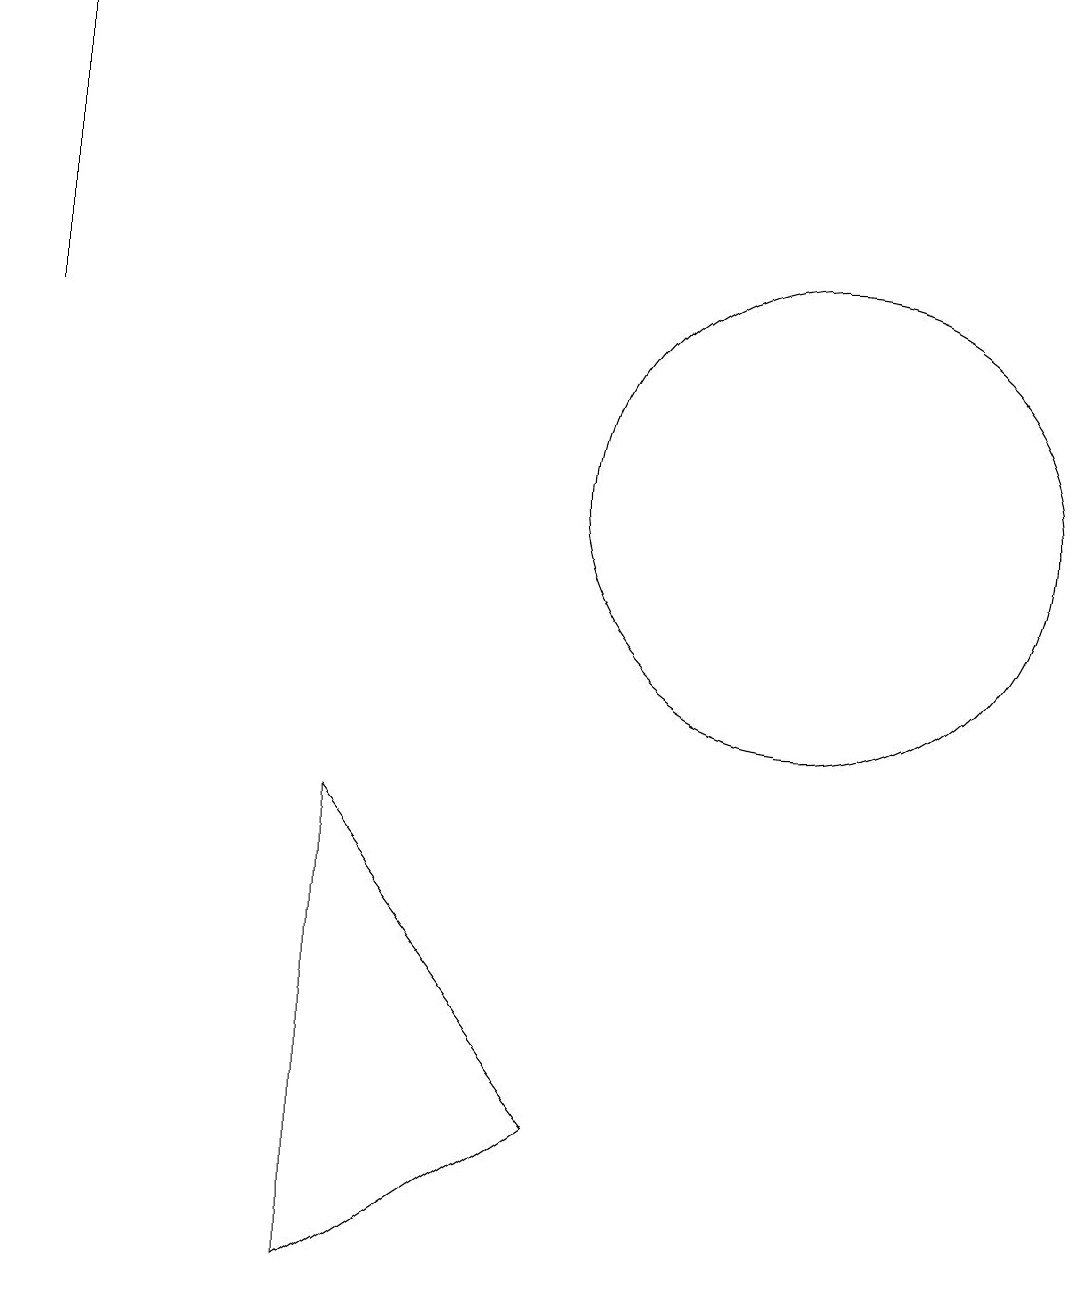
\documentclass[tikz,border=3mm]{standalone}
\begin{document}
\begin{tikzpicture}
\draw (4,8) -- (7,4) -- (4,2) -- cycle;
\draw (10,12) circle (3);
\draw[->] (0,14) -- (0,18);
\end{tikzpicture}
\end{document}